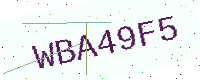
Text: WBA49F5